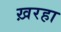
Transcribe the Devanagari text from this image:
ख़रहा